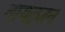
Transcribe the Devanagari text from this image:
नायट्रजन